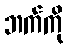
ဘက်ကို